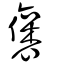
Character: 裦